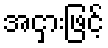
အငှားဖြင့်